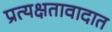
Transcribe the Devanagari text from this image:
प्रत्यक्षतावादात